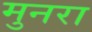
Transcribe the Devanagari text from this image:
मुनरा